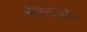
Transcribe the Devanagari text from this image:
चेतनारोप